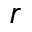
r